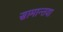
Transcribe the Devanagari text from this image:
सामान्तया